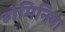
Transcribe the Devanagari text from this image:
होमिनिया